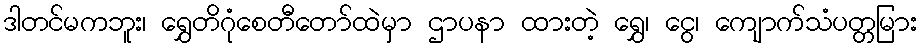
ဒါတင်မကဘူး၊ ရွှေတိဂုံစေတီတော်ထဲမှာ ဌာပနာ ထားတဲ့ ရွှေ၊ ငွေ၊ ကျောက်သံပတ္တမြား